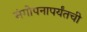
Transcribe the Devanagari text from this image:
संगोपनापर्यंतची